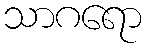
သာဂရော